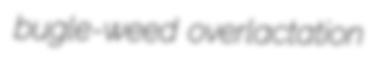
bugle-weed overlactation